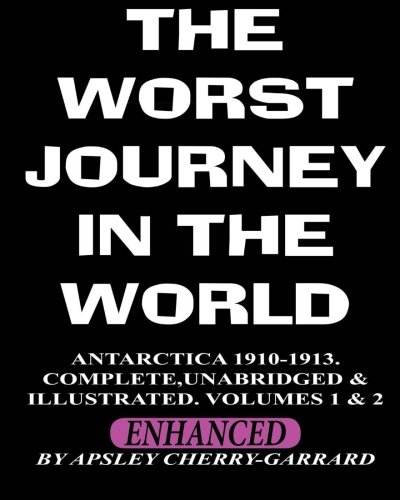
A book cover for The Worst Journey in the World, Antarctica 1910-1913. Complete, Unabridged & Illustrated. Volumes 1 & 2.; Apsley Cherry-Garrard; Travel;